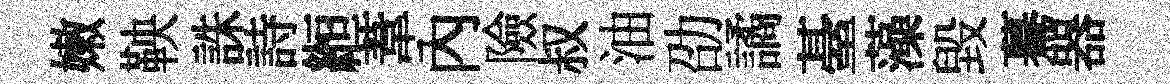
嫩鞅誅詩縆葦內險叔油劭譎䑓藻毀驀器